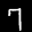
Label: 7